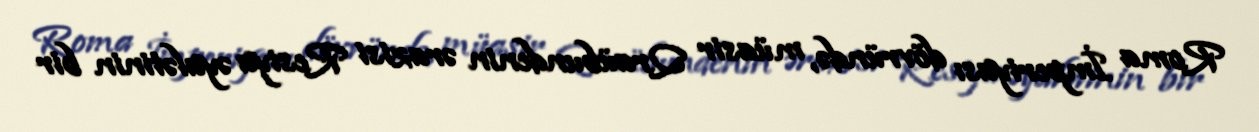
Roma İmperiyası dövründə, müasir Qraübundenin ərazisi Resiya əyalətinin bir